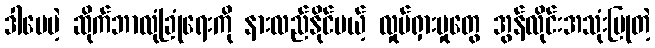
ဒါပေမဲ့ ဆိုက်ဘာလုံခြုံရေးကို နားလည်နိုင်မယ့် လှုပ်ရှားမှုတွေ အွန်လိုင်းအသုံးပြုတဲ့